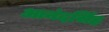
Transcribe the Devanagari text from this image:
आनंदसिंह